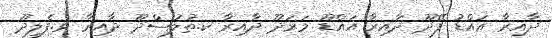
ދާއިރާ އައްޑު ފޭދޫ ދާއިރާ އައްޑޫ މަރަދޫ ދާއިރާ ކ.ތުލުސްދޫ ދާއިރާ ވ.ފެލިދޫ